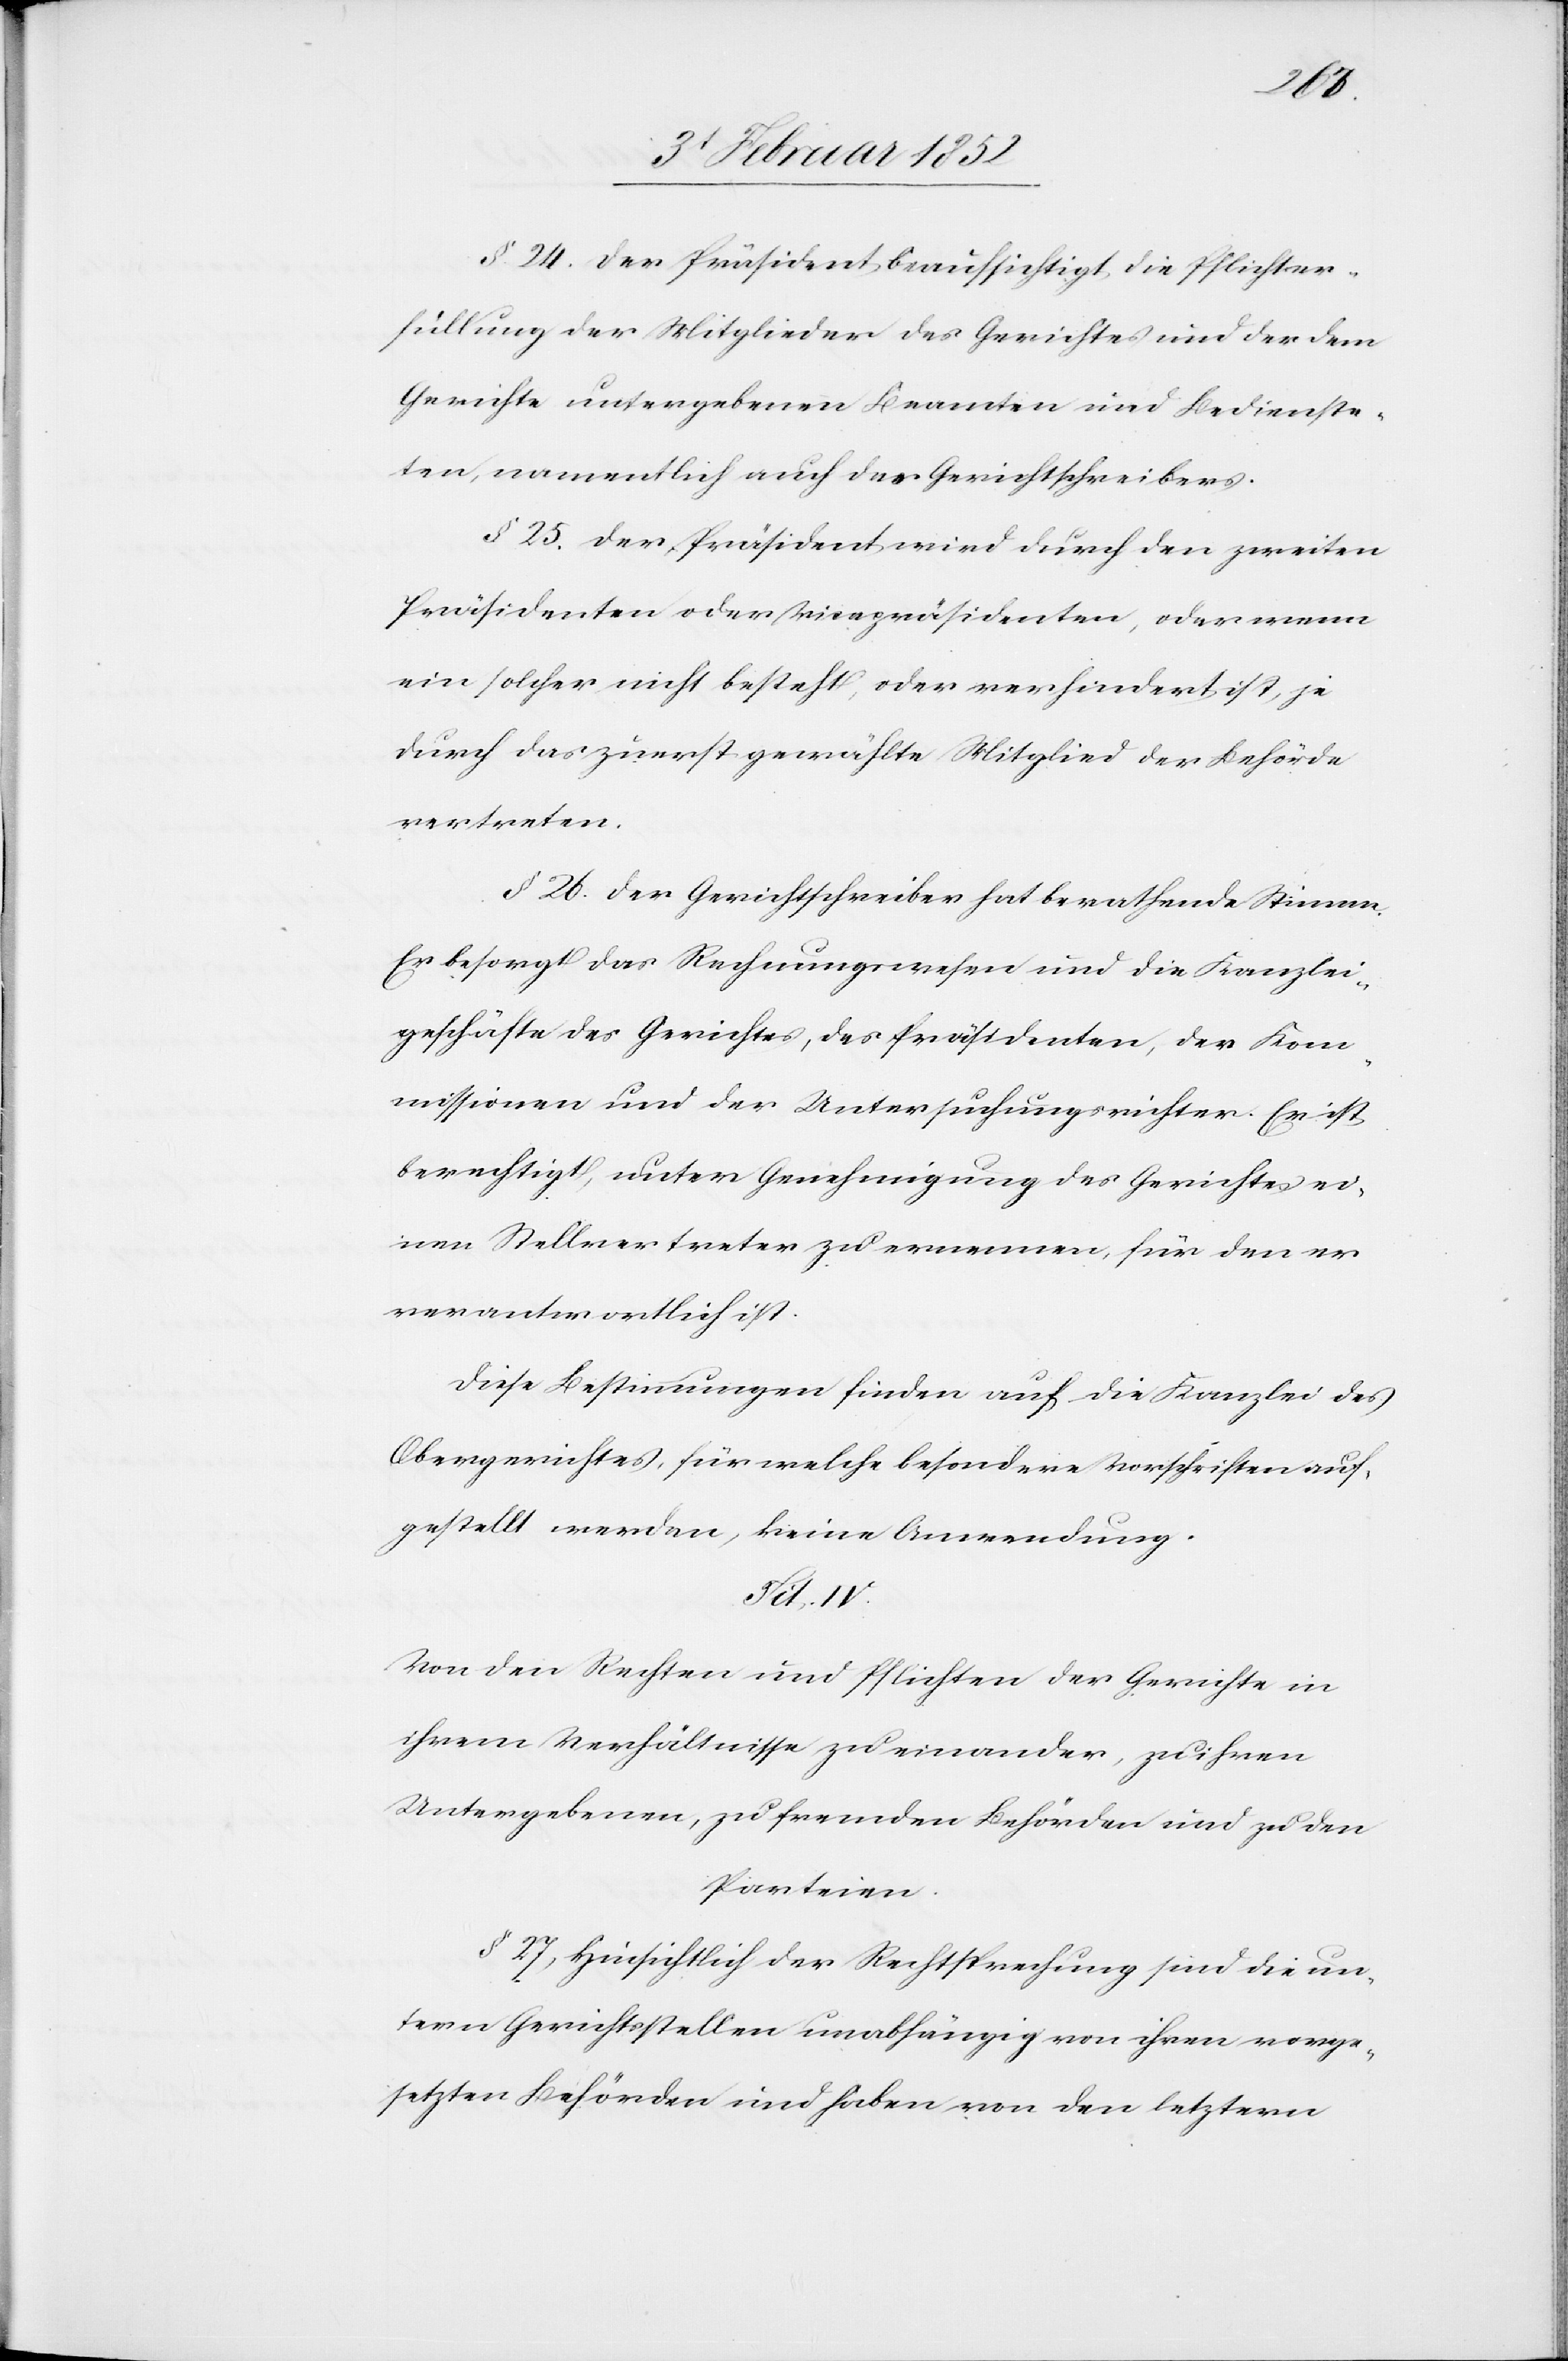
§. 24. Der Präsident beaufsichtigt die Pflichter¬
füllung der Mitglieder des Gerichtes und der dem
Gerichte untergebenen Beamten und Bedienste¬
ten, namentlich auch des Gerichtsschreibers.
§ 25. Der Präsident wird durch den zweiten
Präsidenten oder Vicepräsidenten, oder wenn
ein solcher nicht besteht, oder verhindert ist, je
durch das zuerst gewählte Mitglied der Behörde
vertreten.
§ 26. Der Gerichtsschreiber hat berathende Stimme.
Er besorgt das Rechnungswesen und die Kanzlei¬
geschäfte des Gerichtes, des Präsidenten, der Kom¬
missionen und der Untersuchungsrichter. Er ist
berechtigt, unter Genehmigung des Gerichtes ei¬
nen Stellvertreter zu ernennen, für den er
verantwortlich ist.
Diese Bestimmungen finden auf die Kanzlei des
Obergerichtes, für welche besondere Vorschriften auf¬
gestellt werden, keine Anwendung.
Tit. IV.
Von den Rechten und Pflichten der Gerichte in
ihrem Verhältnisse zu einander, zu ihren
Untergebenen, zu fremden Behörden und zu den
Parteien.
§ 27) Hinsichtlich der Rechtssprechung sind die un¬
tern Gerichtsstellen unabhängig von ihren vorge¬
setzten Behörden und haben von den letztern